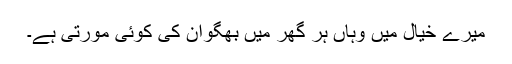
میرے خیال میں وہاں ہر گھر میں بھگوان کی کوئی مورتی ہے۔